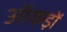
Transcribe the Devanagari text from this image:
ऑकड़ों